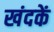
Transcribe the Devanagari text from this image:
खंदकें